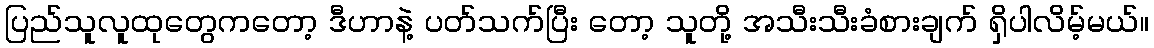
ပြည်သူလူထုတွေကတော့ ဒီဟာနဲ့ ပတ်သက်ပြီး တော့ သူတို့ အသီးသီးခံစားချက် ရှိပါလိမ့်မယ်။